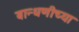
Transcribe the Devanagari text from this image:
बान्धणीच्या